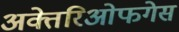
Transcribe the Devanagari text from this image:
अक्तेरिओफगेस